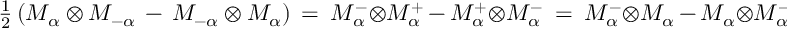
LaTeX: { \textstyle \frac { 1 } { 2 } } \left( M _ { \alpha } ^ { } \otimes M _ { - \alpha } ^ { } \, - \, M _ { - \alpha } ^ { } \otimes M _ { \alpha } ^ { } \right) \, = ~ M _ { \alpha } ^ { - } \otimes M _ { \alpha } ^ { + } \, - \, M _ { \alpha } ^ { + } \otimes M _ { \alpha } ^ { - } ~ = ~ M _ { \alpha } ^ { - } \otimes M _ { \alpha } ^ { } \, - \, M _ { \alpha } ^ { } \otimes M _ { \alpha } ^ { - }